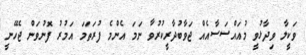
ވަކީލާ ވިދާޅުވީ މުއައްސަސާއެއް ޖަވާބުދާރީކުރުވާ ނަމަ އެންމެ ފުރަތަމަ އަމުރު ފޮނުވަން ޖެހޭނީ